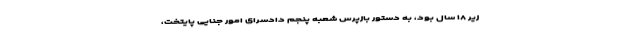
زیر ۱۸ سال بود، به دستور بازپرس شعبه پنجم دادسرای امور جنایی پایتخت،